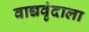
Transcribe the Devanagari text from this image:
वाद्यवृंदाला